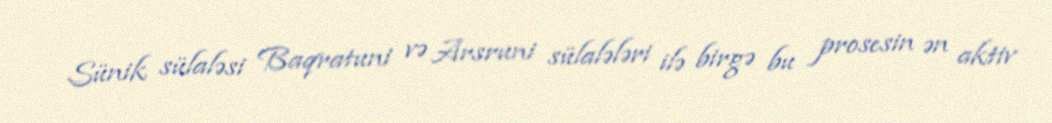
Sünik sülaləsi Baqratuni və Arsruni sülalələri ilə birgə bu prosesin ən aktiv